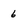
Character: 6